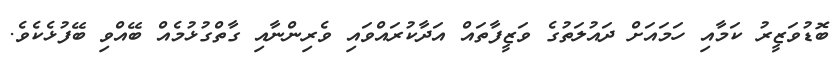
ބޮޑުވަޒީރު ކަމާއި ހަމައަށް ދައުލަތުގެ ވަޒީފާތައް އަދާކުރައްވައި ވެރިންނާއި ގާތްގުޅުމެއް ބޭއްވި ބޭފުޅެކެވެ.